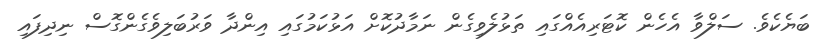
ބަޔެކެވެ. ސަލްވާ އެހެން ކޮޓަރިއެއްގައި ތަޅުލެވިގެން ނަމާދުކޮށް އަޅުކަމުގައި އިންދާ ވަރުބަލިވެގެންގޮސް ނިދިފައި